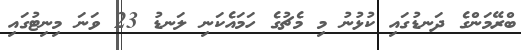
ބްރޭމަންގެ ދަނޑުގައި ކުޅުނު މި މެޗުގެ ހަމައެކަނި ލަނޑު 23 ވަނަ މިނިޓުގައި